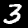
Digit: 3